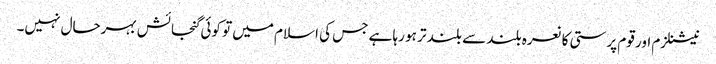
نیشنلزم اور قوم پرستی کا نعرہ بلند سے بلند تر ہو رہا ہے جس کی اسلام میں تو کوئی گنجائش بہرحال نہیں۔